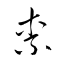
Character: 柰